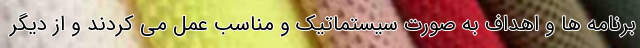
برنامه ها و اهداف به صورت سیستماتیک و مناسب عمل می کردند و از دیگر